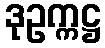
ဒုဥက္ကဋ္ဌ